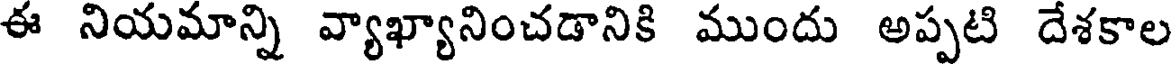
ఈ నియమాన్ని వ్యాఖ్యానించడానికి ముందు అప్పటి దేశకాల